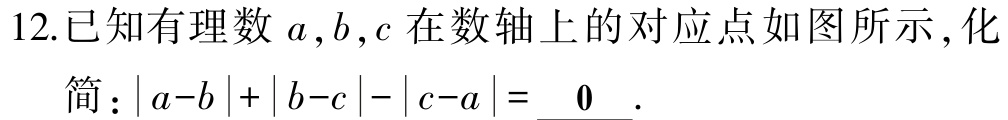
12.已知有理数 \(a,b,c\) 在数轴上的对应点如图所示，化简：\(\vert a - b\vert+\vert b - c\vert-\vert c - a\vert = \underline{0}\).